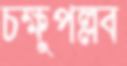
চক্ষুপল্লব